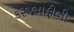
કરજમાફીની